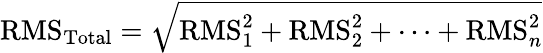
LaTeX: {\mathrm{RMS}}_{\mathrm{Total}}={\sqrt{{\mathrm{RMS}}_{1}^{2}+{\mathrm{RMS}}_{2}^{2}+\cdots+{\mathrm{RMS}}_{n}^{2}}}